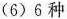
(6)6种